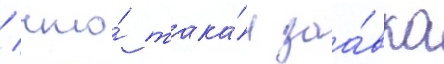
/ что́ така́я заа́вка